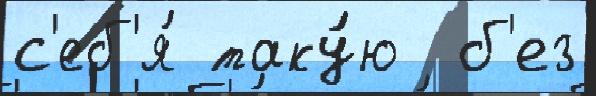
с'еб'я́ таку́ю  б'ез